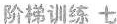
阶梯训练七